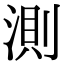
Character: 測